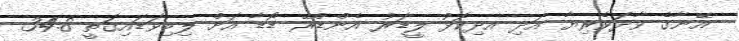
އޭނާގެ ވާދަވެރިޔާ އަދި އދިކޮޅު ލީޑަރު އެންޑްރޭ ޑޯޑާ އަށް ލިބިވަޑައިގަތީ 34.8